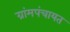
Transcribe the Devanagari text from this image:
ग्रांमपंचायत